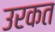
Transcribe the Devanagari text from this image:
उरकत